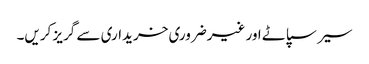
سیر سپاٹے اور غیرضروری خریداری سے گریز کریں۔